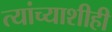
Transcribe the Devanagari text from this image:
त्यांच्याशीही